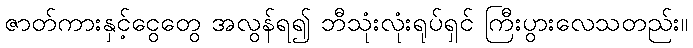
ဇာတ်ကားနှင့်ငွေတွေ အလွန်ရ၍ ဘီသုံးလုံးရုပ်ရှင် ကြီးပွားလေသတည်း။